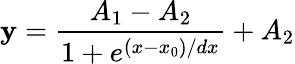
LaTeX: \mathbf{y}=\frac{{A_{1}-A_{2}}}{{1+e^{(x-x_{0})/dx}}}+A_{2}